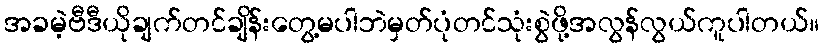
အခမဲ့ဗီဒီယိုချက်တင်ချိန်းတွေ့မပါဘဲမှတ်ပုံတင်သုံးစွဲဖို့အလွန်လွယ်ကူပါတယ်။